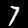
Label: 7